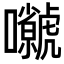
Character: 𡅗